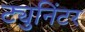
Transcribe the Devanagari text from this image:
ट्युनिंटर